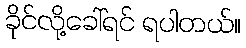
ခိုင်လို့ခေါ်ရင် ရပါတယ်။